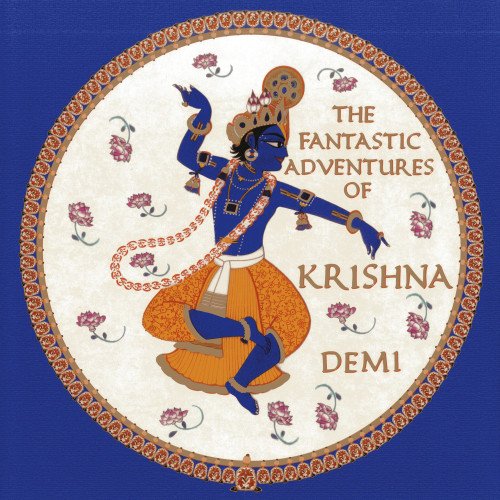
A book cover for The Fantastic Adventures of Krishna; Demi; Children's Books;